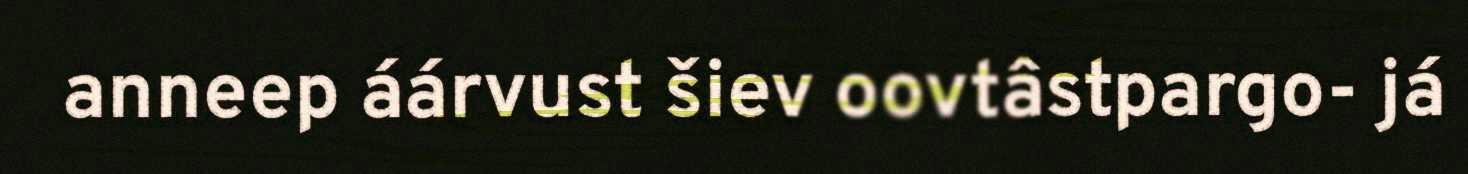
anneep áárvust šiev oovtâstpargo- já